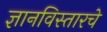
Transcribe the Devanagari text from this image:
ज्ञानविस्तारचे